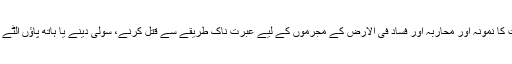
چنانچہ وہ چوری کرنے پر ہاتھ کاٹنے کو 'نَکَالاً مِّنَ اللّٰہِ' ۲۵؂،یعنی اللہ کی طرف سے عبرت کا نمونہ اور محاربہ اور فساد فی الارض کے مجرموں کے لیے عبرت ناک طریقے سے قتل کرنے، سولی دینے یا ہاتھ پاؤں الٹے کاٹ دینے کو 'ذٰلِکَ لَہُمْ خِزْیٌ فِی الدُّنْیَا' ۲۶؂،یعنی دنیا میں ان کے لیے رسوائی قرار دیتا ہے۔